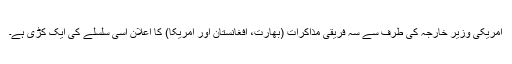
امریکی وزیر خارجہ کی طرف سے سہ فریقی مذاکرات (بھارت، افغانستان اور امریکا) کا اعلان اسی سلسلے کی ایک کڑی ہے۔